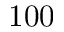
1 0 0